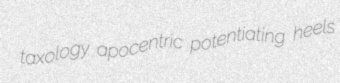
taxology apocentric potentiating heels